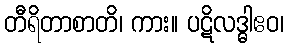
တီရိတာစာတိ၊ ကား။ ပဋိလဒ္ဓါဧဝ၊